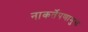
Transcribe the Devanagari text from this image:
नाकर्तेपणामुळे